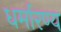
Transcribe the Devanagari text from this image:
धर्मारण्य